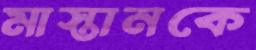
মাস্তানকে